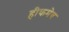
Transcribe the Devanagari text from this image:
हीकमेव